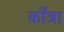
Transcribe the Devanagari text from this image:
काँत्रा